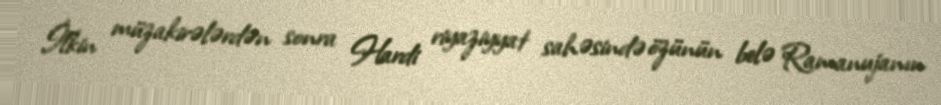
İlkin müzakirələrdən sonra Hardi riyaziyyat sahəsində özünün belə Ramanujanın